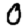
Digit: 0